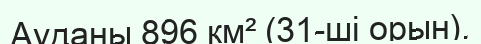
Ауданы 896 км² (31-ші орын).